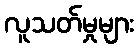
လူသတ်မှုများ